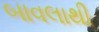
બાવલાથી